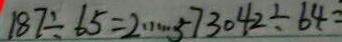
1 8 7 \div 6 5 = 2 \cdots 5 7 3 0 4 2 \div 6 4 =